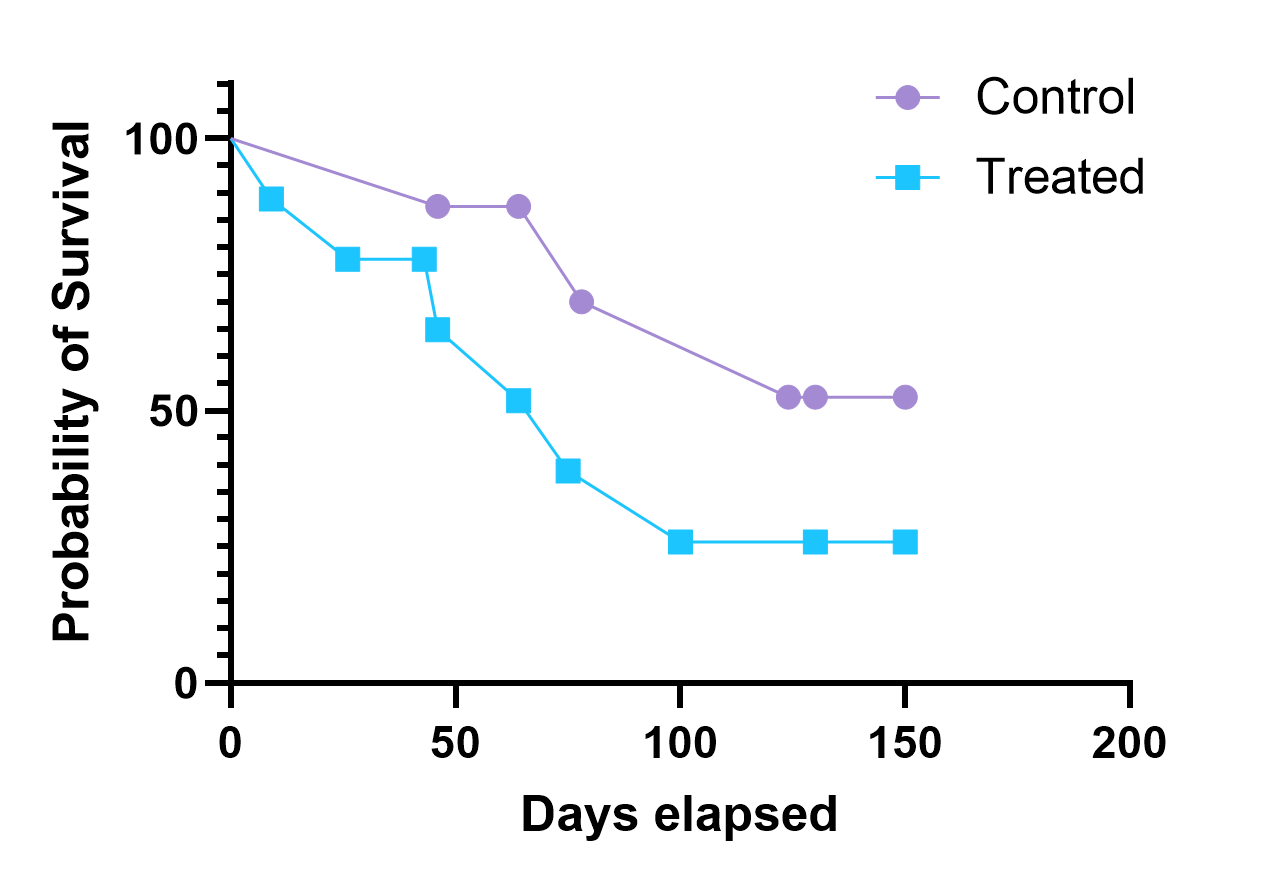
graphpad, survival, two groups, point to point